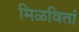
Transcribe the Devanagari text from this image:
मिळवितां